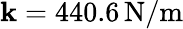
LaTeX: \mathbf{k}=440.6\, \mathrm{{N}}/\mathrm{{m}}